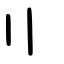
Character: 〢